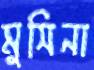
মুসিনা